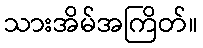
သားအိမ်အကြိတ်။